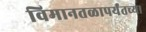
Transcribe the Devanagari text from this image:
विमानतळापर्यंतच्या